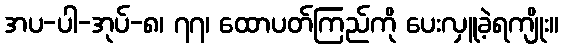
အပ-ပါ-အုပ်-၈၊ ၇၇၊ ထောပတ်ကြည်ကို ပေးလှူခဲ့ရကျိုး။